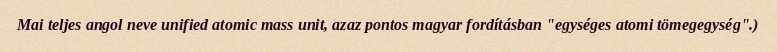
Mai teljes angol neve unified atomic mass unit, azaz pontos magyar fordításban "egységes atomi tömegegység".)